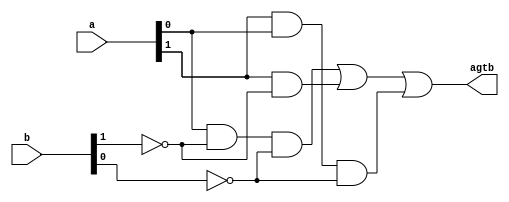
// Listing 1.4
module gt_2
   (
    input  wire[1:0] a, b,
    output wire agtb
   );

   // internal signal declaration
   wire p0, p1, p2;

   // body
   // instantiate two 1-bit comparators
   //eq1 eq_bit0_unit (.i0(a[0]), .i1(b[0]), .eq(e0));
   //eq1 eq_bit1_unit (.eq(e1), .i0(a[1]), .i1(b[1]));
	assign p0 = a[0] & ~b[1] & ~b[0];
	assign p1 = a[1] & ~b[1];
	assign p2 = a[1] & a[0] & ~b[0];
	


   // a and b are equal if individual bits are equal
   assign agtb = p0 | p1 | p2;
   
   

endmodule